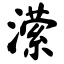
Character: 潆